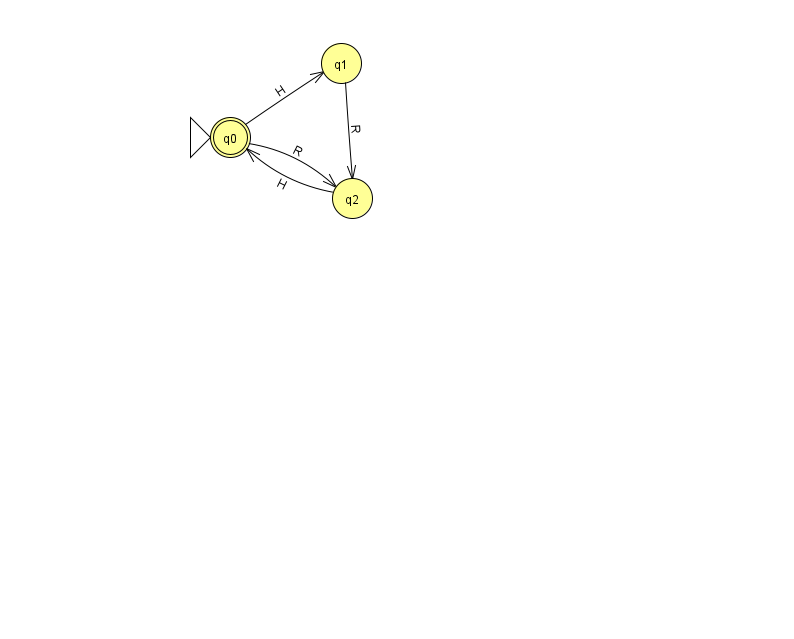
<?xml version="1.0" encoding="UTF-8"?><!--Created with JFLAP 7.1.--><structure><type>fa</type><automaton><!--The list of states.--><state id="0" name="q0"><x>230.0</x><y>124.0</y><initial/><final/></state><state id="1" name="q1"><x>341.0</x><y>50.0</y></state><state id="2" name="q2"><x>352.0</x><y>185.0</y></state><!--The list of transitions.--><transition><from>2</from><to>0</to><read>H</read></transition><transition><from>0</from><to>2</to><read>R</read></transition><transition><from>1</from><to>2</to><read>R</read></transition><transition><from>0</from><to>1</to><read>H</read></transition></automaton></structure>